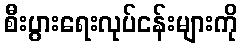
စီးပွားရေးလုပ်ငန်းများကို